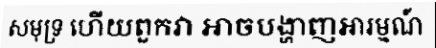
សមុទ្រ ហើយពួកវា អាចបង្ហាញអារម្មណ៍